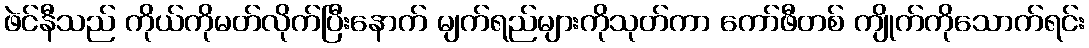
ဖဲင်နီသည် ကိုယ်ကိုမတ်လိုက်ပြီးနောက် မျက်ရည်များကိုသုတ်ကာ ကော်ဖီတစ် ကျိုက်ကိုသောက်ရင်း